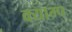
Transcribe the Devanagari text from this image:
क्याम्प